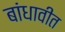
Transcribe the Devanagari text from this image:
बांधावीत